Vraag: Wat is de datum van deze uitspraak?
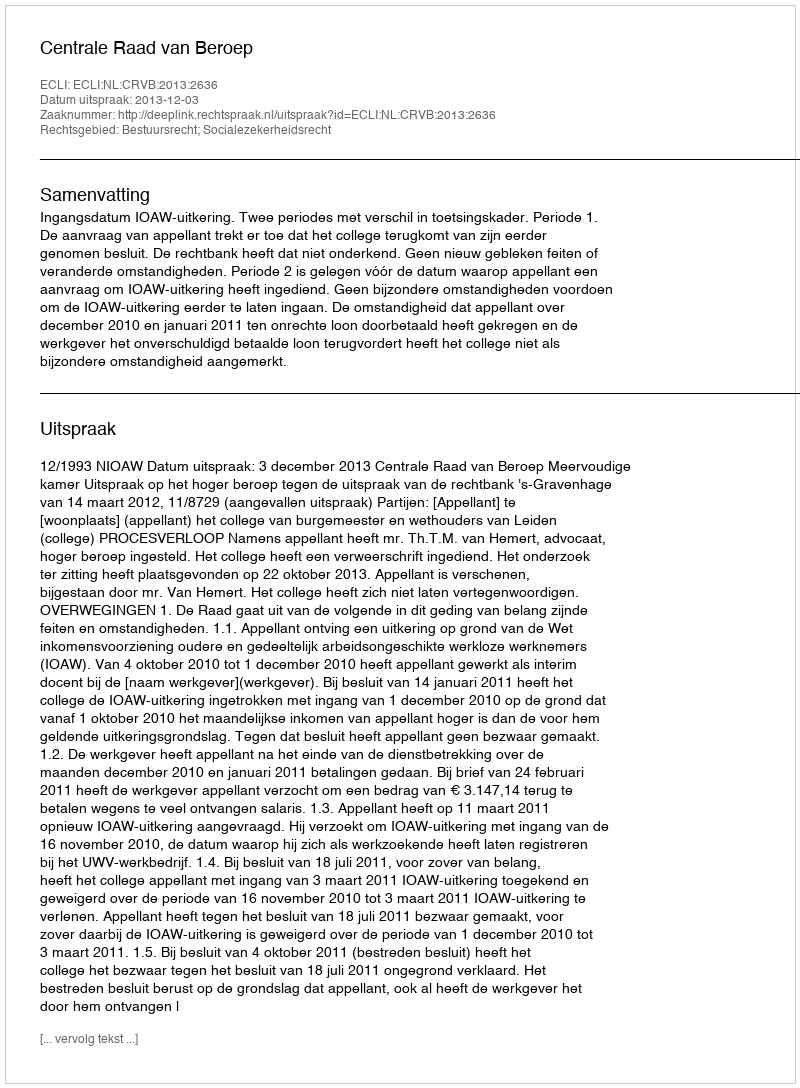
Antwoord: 2013-12-03